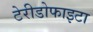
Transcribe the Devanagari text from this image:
टेरीडोफाइटा